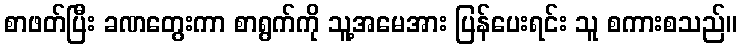
စာဖတ်ပြီး ခဏတွေးကာ စာရွက်ကို သူ့အမေအား ပြန်ပေးရင်း သူ စကားစသည်။